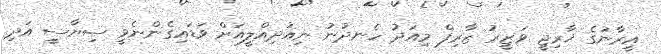
އީރާނުގެ ޚާރިޖީ ވަޒީރު ޒާރިފް މިއަދު ހެނދުނު ނިއުދިއްލީއަށް ވަޑައިގެންނެވީ ސިޔާސީ އަދި